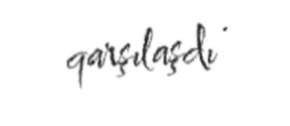
qarşılaşdı .